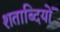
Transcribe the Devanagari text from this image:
शताब्‍दियों